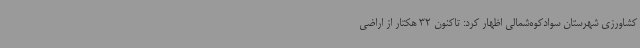
کشاورزی شهرستان سوادکوه‌شمالی اظهار کرد: تاکنون 32 هکتار از اراضی